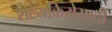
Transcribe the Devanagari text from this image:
शल्यक्रियेसाठी